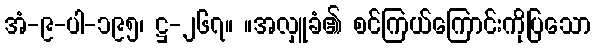
အံ-၉-ပါ-၁၉၅၊ ဋ္ဌ-၂၆၇။ ။အလှူခံ၏ စင်ကြယ်ကြောင်းကိုပြသော